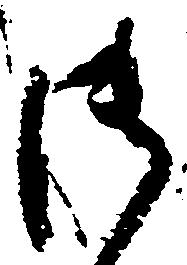
御